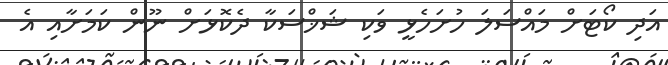
އަދި ކޯޓަށް މައްސަލަ ހުށަހެޅީ ވަކި ޝަޚްސަކާ ދެކޮޅަށް ނޫން ކަމަށާއި އެ